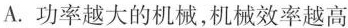
A.功率越大的机械，机械效率越高